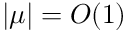
| \mu | = O ( 1 )